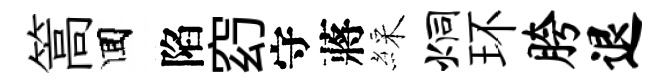
篙囬陷𥥆守蔣綵炯环胯退